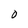
Character: O